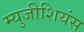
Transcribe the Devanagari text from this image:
म्युजीशियंस